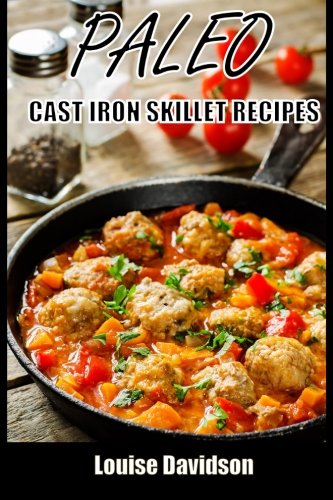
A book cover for Paleo Cast Iron Skillet Recipes; Louise Davidson; Cookbooks, Food & Wine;